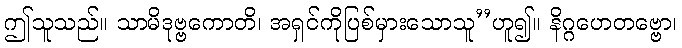
ဤသူသည်။ သာမိဒုဗ္ဗကောတိ၊ အရှင်ကိုပြစ်မှားသောသူ’’ဟူ၍။ နိဂ္ဂဟေတဗ္ဗော၊